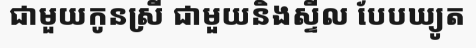
ជាមួយកូនស្រី ជាមួយនិងស្ទីល បែបឃ្យូត